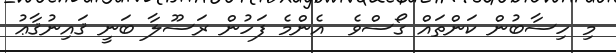
މި ހިސާބުން ކަންތައް ގޯސްވެ  އެންމެ ފަހުން ރަސޫލާ ބަނީ ޤައިނުޤާޢު